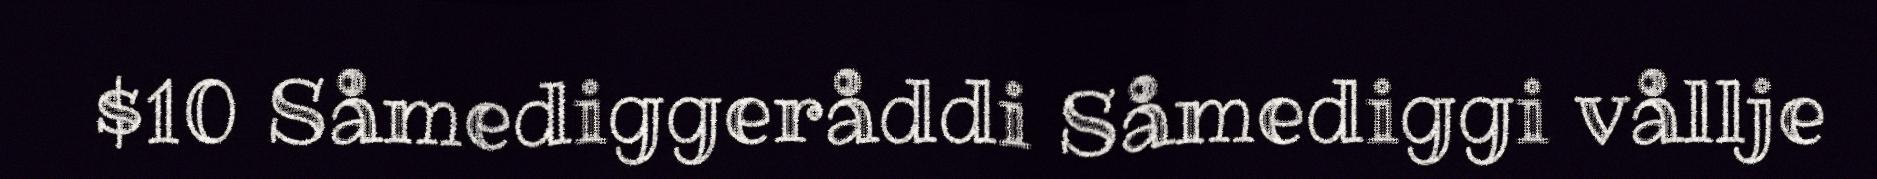
$10 Såmediggeråddi Såmediggi vållje